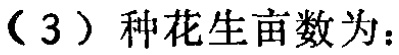
（3）种花生亩数为：